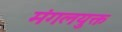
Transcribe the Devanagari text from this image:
मंगलयुक्त